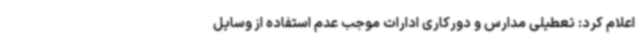
اعلام کرد: تعطیلی مدارس و دورکاری ادارات موجب عدم استفاده از وسایل